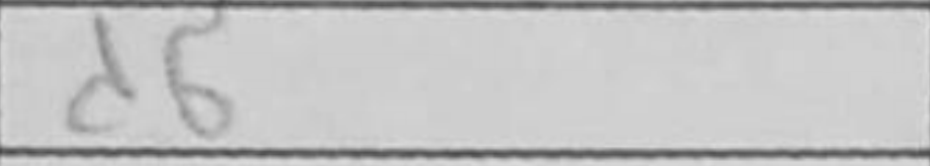
Transcription: d6